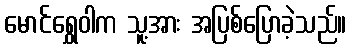
မောင်ရွှေဝါက သူ့အား အပြစ်ပြောခဲ့သည်။